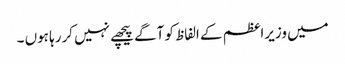
میں وزیراعظم کے الفاظ کو آگے پیچھے نہیں کررہا ہوں ۔